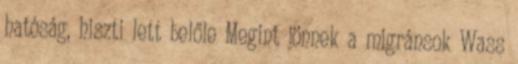
hatóság, hiszti lett belőle Megint jönnek a migránsok Wass